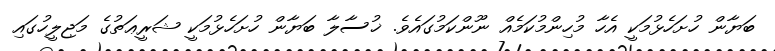
ބަޔާން ހުށަހެޅުމަކީ އެހާ މުހިންމުކަމެއް ނޫންކަމުގައެވެ. ޚުސާލާ ބަޔާން ހުށަހެޅުމަކީ ޝަރީޢަތުގެ މަޖިލީހުގައި